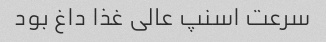
سرعت اسنپ عالی غذا داغ بود